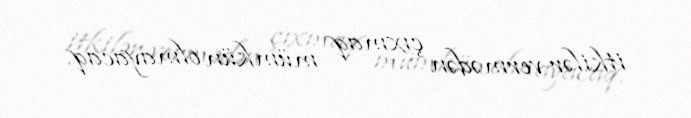
itkilər vermədən çıxmaq mümkün olmayacaq.